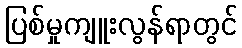
ပြစ်မှုကျူးလွန်ရာတွင်